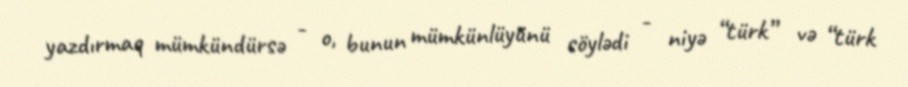
yazdırmaq mümkündürsə - o, bunun mümkünlüyünü söylədi - niyə “türk” və “türk